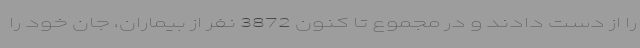
را از دست دادند و در مجموع تا کنون 3872 نفر از بیماران، جان خود را